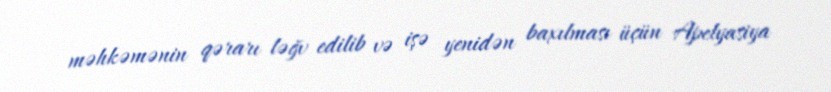
məhkəmənin qərarı ləğv edilib və işə yenidən baxılması üçün Apelyasiya